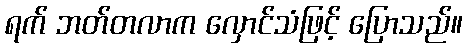
ရက် ဘတ်တလာက လှောင်သံဖြင့် ပြောသည်။